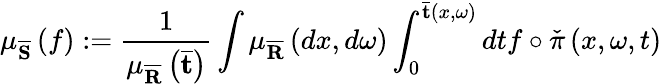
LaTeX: \mu_{\overline{{\mathbf{S}}}}\left(f\right):=\frac{1}{\mu_{\overline{{\mathbf{R}}}}\left(\mathbf{\bar{t}}\right)}\int\mu_{\overline{{\mathbf{R}}}}\left(dx,d\omega\right)\int_{0}^{\mathbf{\bar{t}}\left(x,\omega\right)}dtf\circ\check{\pi}\left(x,\omega,t\right)